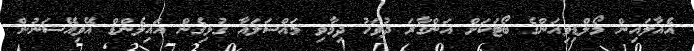
އެއާލައިން މޯލްޑިވިއަންގެ ބޯޓަކަށް އަންގާރަ ދުވަހު ދިމާވި މައްސަލައާ ގުޅިގެން އައިލެންޑް އޭވިއޭޝަނުން